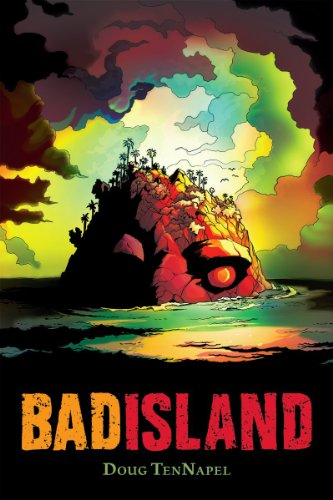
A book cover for Bad Island; Doug TenNapel; Comics & Graphic Novels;